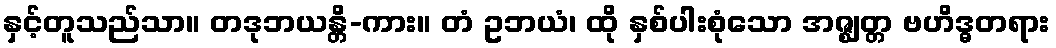
နှင့်တူသည်သာ။ တဒုဘယန္တိ-ကား။ တံ ဥဘယံ၊ ထို နှစ်ပါးစုံသော အဇ္ဈတ္တ ဗဟိဒ္ဓတရား